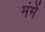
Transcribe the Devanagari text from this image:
मंमें